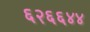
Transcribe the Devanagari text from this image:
६२६६४४